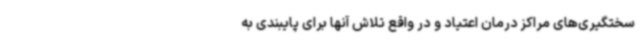
سختگیری‌های مراکز درمان اعتیاد و در واقع تلاش آنها برای پایبندی به